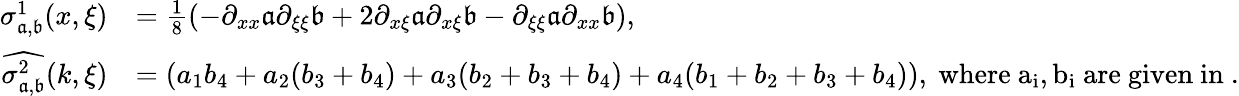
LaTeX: \begin{array}{rl}{\sigma_{\mathfrak{a},\mathfrak{b}}^{1}(x,\xi)}&{=\frac{1}{8}\left(-\partial_{xx}\mathfrak{a}\partial_{\xi\xi}\mathfrak{b}+2\partial_{x\xi}\mathfrak{a}\partial_{x\xi}\mathfrak{b}-\partial_{\xi\xi}\mathfrak{a}\partial_{xx}\mathfrak{b}\right),}\\ {\widehat{\sigma_{\mathfrak{a},\mathfrak{b}}^{2}}(k,\xi)}&{=(a_{1}b_{4}+a_{2}(b_{3}+b_{4})+a_{3}(b_{2}+b_{3}+b_{4})+a_{4}(b_{1}+b_{2}+b_{3}+b_{4})),\mathrm{~where~a_i,b_i~are~given~in~.}}\end{array}